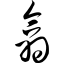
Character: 翕